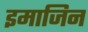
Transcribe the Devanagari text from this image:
इमाजिन